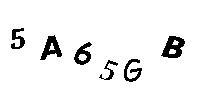
5A65GB